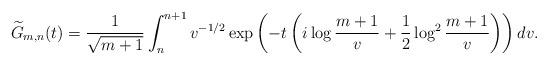
LaTeX: \begin{align*}\widetilde{G}_{m,n}(t) = \frac{1}{\sqrt{m+1}} \int_n^{n+1} v^{-1/2} \exp\left(-t\left(i\log{\frac{m+1}{v}}+\frac{1}{2}\log^2{\frac{m+1}{v}}\right)\right) dv.\end{align*}